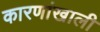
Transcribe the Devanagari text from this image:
कारणांखाली